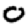
Digit: 0